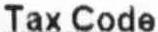
TAX CODE